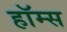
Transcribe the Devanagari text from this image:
हॉम्स